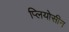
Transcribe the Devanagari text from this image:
प्लियोसीन